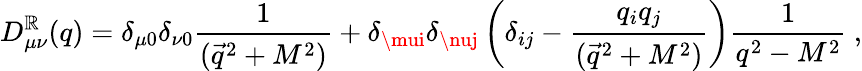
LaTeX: D_{\mu\nu}^{\mathbb{R}}(q)=\delta_{\mu0}\delta_{\nu0}{\frac{{1}}{{(\vec{{q}}^{2}+M^{2})}}}+\delta_{\mui}\delta_{\nuj}\left(\delta_{ij}-{\frac{{q_{i}q_{j}}}{{(\vec{{q}}^{2}+M^{2})}}}\right){\frac{{1}}{{q^{2}-M^{2}}}}~,